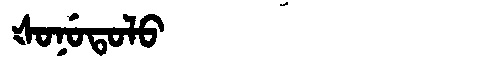
Manchu: ᡧᠣᠨᡠᡨᠣᠯᠣ
Romanization: ŠONUTOLO